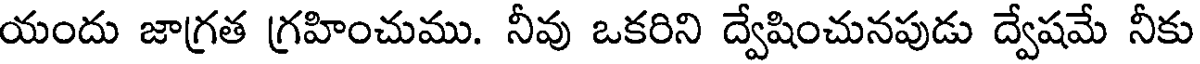
యందు జాగ్రత గ్రహించుము. నీవు ఒకరిని ద్వేషించునపుడు ద్వేషమే నీకు